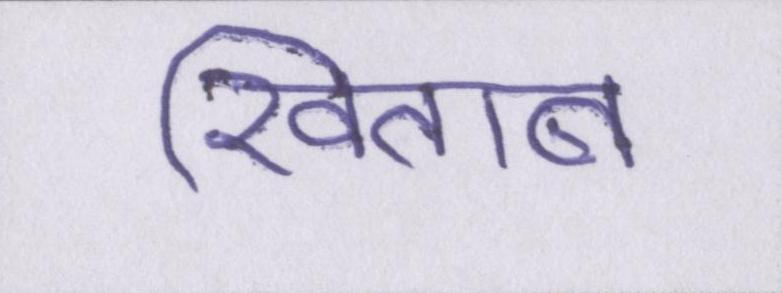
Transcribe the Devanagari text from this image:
खिताब